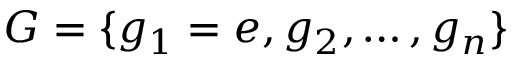
G = \{ g _ { 1 } = e , g _ { 2 } , \dots , g _ { n } \}